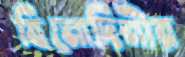
বিনোদিনীর